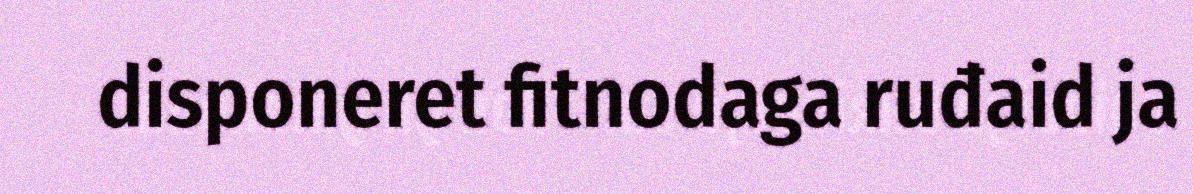
disponeret fitnodaga ruđaid ja